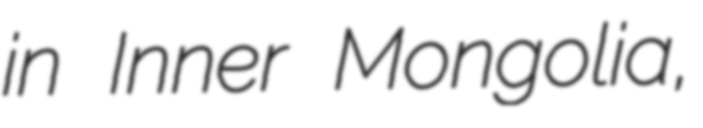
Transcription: in Inner Mongolia,